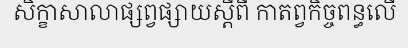
សិក្ខាសាលាផ្សព្វផ្សាយស្តីពី កាតព្វកិច្ចពន្ធលើ